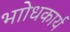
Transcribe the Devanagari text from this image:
भाोधकार्य